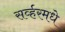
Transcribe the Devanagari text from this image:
सर्व्हरमधे